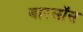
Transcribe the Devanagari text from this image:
बारलॉस